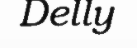
Delly